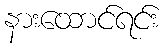
နားထောင်ရင်း